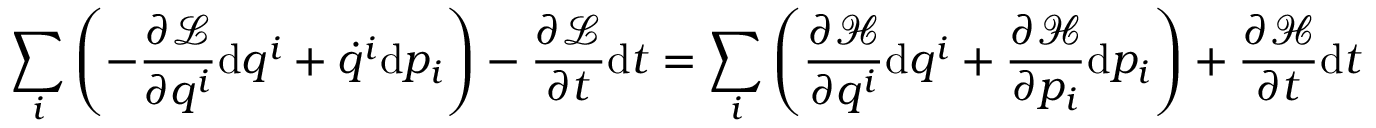
\sum _ { i } \left( - { \frac { \partial { \mathcal { L } } } { \partial q ^ { i } } } \mathrm { d } q ^ { i } + { \dot { q } } ^ { i } \mathrm { d } p _ { i } \right) - { \frac { \partial { \mathcal { L } } } { \partial t } } \mathrm { d } t = \sum _ { i } \left( { \frac { \partial { \mathcal { H } } } { \partial q ^ { i } } } \mathrm { d } q ^ { i } + { \frac { \partial { \mathcal { H } } } { \partial p _ { i } } } \mathrm { d } p _ { i } \right) + { \frac { \partial { \mathcal { H } } } { \partial t } } \mathrm { d } t